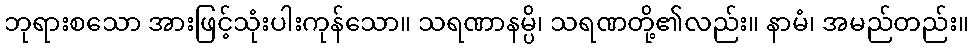
ဘုရားစသော အားဖြင့်သုံးပါးကုန်သော။ သရဏာနမ္ပိ၊ သရဏတို့၏လည်း။ နာမံ၊ အမည်တည်း။